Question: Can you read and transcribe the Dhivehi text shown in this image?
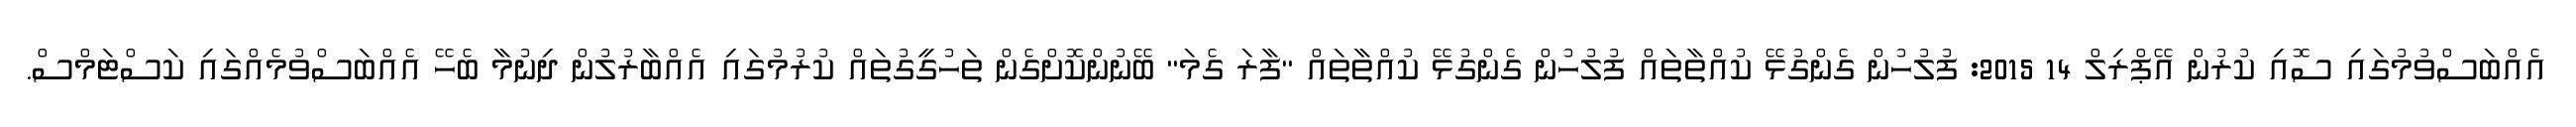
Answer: އެއްބަސްވުމުގައި ސޮއި ކުރުން އޭޕްރިލް 14 2015: ފުލުހުން ގެންގުޅޭ ކުއްތާތައް ފުލުހުން ގެންގުޅޭ ކުއްތާތައް "ފާރަ ގެމަ" ބޭނުންކޮށްގެން ތަހުގީގުތައް ކުރުމުގައި އެއްބާރުލުން ދިނުމާ ބެހޭ އެއްބަސްވުމެއްގައި ކަސްޓަމްސް.